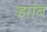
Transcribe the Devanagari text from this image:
झांब